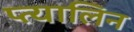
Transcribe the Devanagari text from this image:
प्त्यालिन